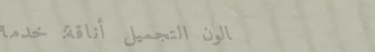
صالون التجميل أناقة: خدما